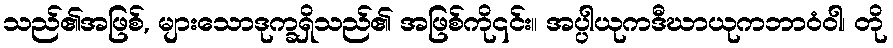
သည်၏အဖြစ်, များသောဒုက္ခရှိသည်၏ အဖြစ်ကို၎င်း။ အပ္ပါယုကဒီဃာယုကဘာဝံဝါ၊ တို